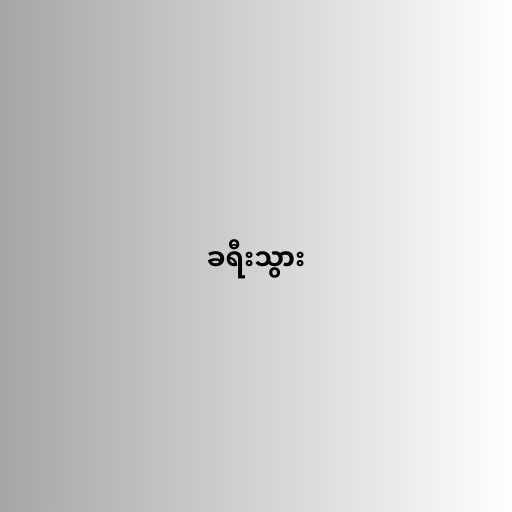
ခရီးသွား